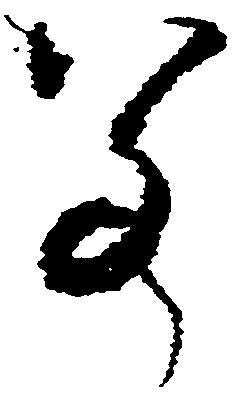
若